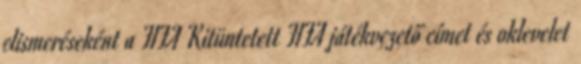
elismeréseként a FIFA Kitüntetett FIFA játékvezető címet és oklevelet